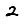
Digit: 2